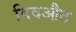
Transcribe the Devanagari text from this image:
विदऔट